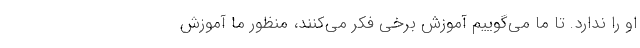
او را ندارد. تا ما می‌گوییم آموزش برخی فکر می‌کنند، منظور ما آموزش